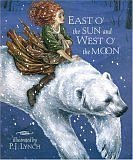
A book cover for East o' the Sun and West o' the Moon (Works in Translation); Naomi Lewis; Children's Books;